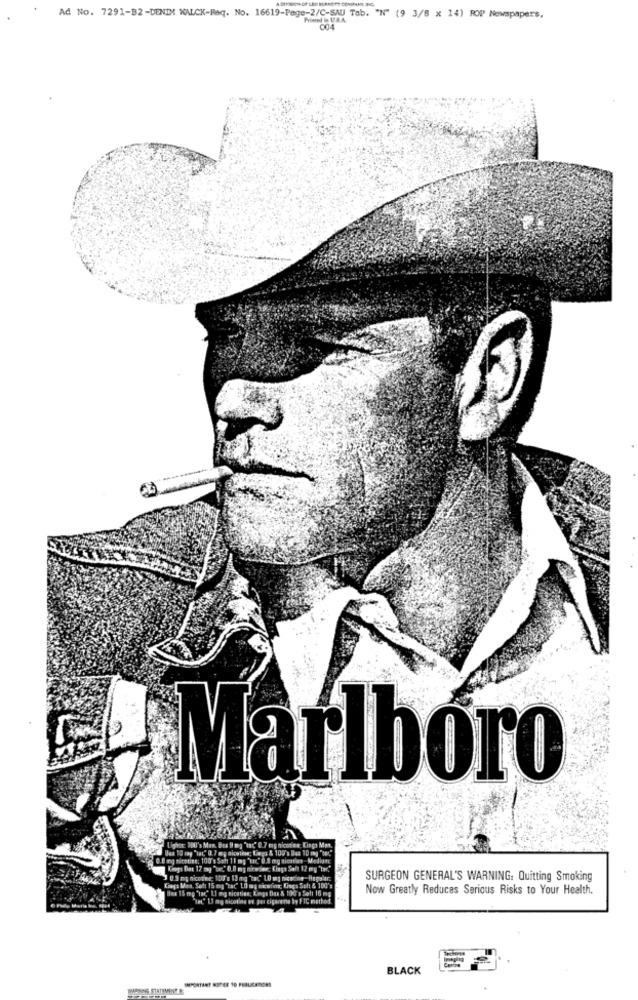
Ad No. 7291-B2-DENIN WALCK-Req. No. 16619-Page-2/C-SAU Tab. "N" (9 3/8 x 14) ROP Newspapers,
004
Marlboro
Boa 10 mg 'sac' 0.7 mg nicotina; Lags & 100's Bas 10 mg "ser"
Lighet 200's Men. Bu 9 mg "mac' 0.7 mg nicotine, Lingo Mmt.
0.8 mg titstine: 100's Soft 11 mg "kr." 0.4 mg siontiet Medium:
Kings Bot 17 mg "war.' 0.0 mg niceline; Kings Salt 12 mg "tar"
3 0.5 mg nicotine; 100's 13 mg "on" LO og nicucine- Hegylar.
SURGEON GENERAL'S WARNING: Quitting Smoking
Caps Met. Soft 15 mg 'tat" LO mg nicotina; Kings Sol & 100's
Ben 15 mg 'tar," 1.1 mg nicotine, Kongs Dan & 100's Soli 16 mg
Now Greatly Reduces Serious Risks to Your Health.
"tat" LI ng nicotine av per cigarene by FIC method.
BLACK